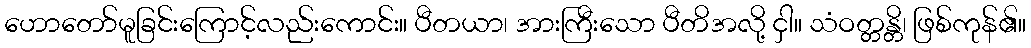
ဟောတော်မူခြင်းကြောင့်လည်းကောင်း။ ပီတယာ၊ အားကြီးသော ပီတိအလို့ ငှါ။ သံဝတ္တန္တိ၊ ဖြစ်ကုန်၏။